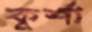
কূর্শা